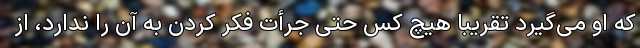
که او می‌گیرد تقریباً هیچ کس حتی جرأت فکر کردن به آن را ندارد، از